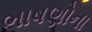
ભાષણોના